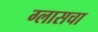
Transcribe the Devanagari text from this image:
ग्लासचा